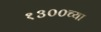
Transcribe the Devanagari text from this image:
१३००च्या